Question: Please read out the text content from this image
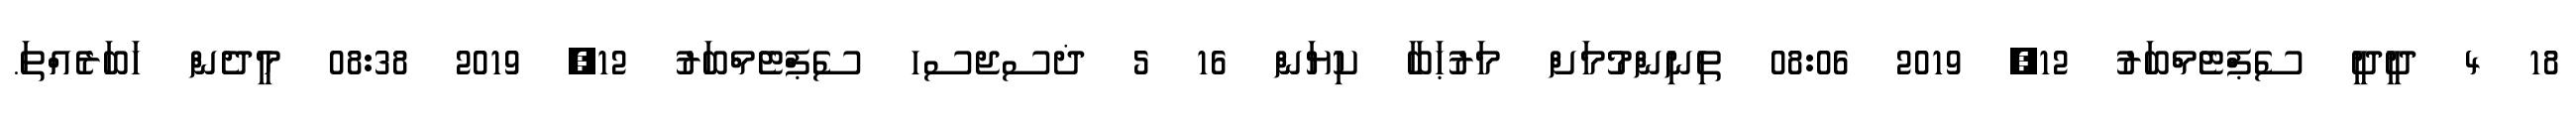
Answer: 18 4 ދީދީ ސެޕްޓެމްބަރު 12, 2019 08:06 ތިނިންމުމަށް މަރުޙަބާ ކިޔަން 16 5 ޛސޖސހ ސެޕްޓެމްބަރު 12, 2019 08:38 މީދެން ހަބަރެއްތަ.